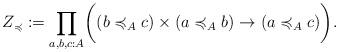
LaTeX: \begin{align*} Z_{\preccurlyeq}:=\prod_{a,b,c:A}\biggl( (b\preccurlyeq_A c)\times (a\preccurlyeq_A b)\to (a\preccurlyeq_A c) \biggr).\end{align*}